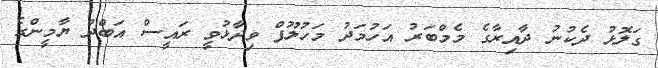
ގަލޮޅު ދެކުނު ދާއިރާގެ މެމްބަރު އަހުމަދު މަހުލޫފް ވިދާޅުވީ ރައީސް އަބްދު ޔާމީންގެ